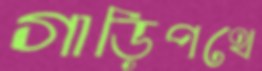
গাড়িপথে